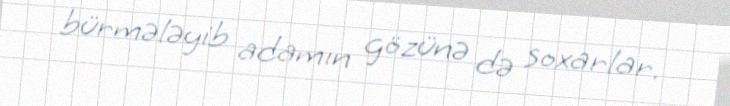
bürmələyib adamın gözünə də soxarlar.